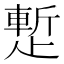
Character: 𬆉